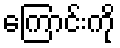
ကြောင်းကို